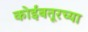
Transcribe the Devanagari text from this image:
कोईंबतूरच्या